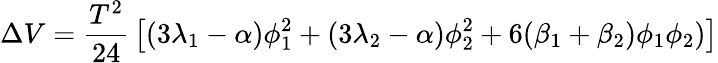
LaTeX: \Delta V={\frac{T^{2}}{24}}\left[(3\lambda_{1}-\alpha)\phi_{1}^{2}+(3\lambda_{2}-\alpha)\phi_{2}^{2}+6(\beta_{1}+\beta_{2})\phi_{1}\phi_{2})\right]